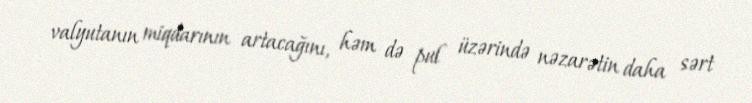
valyutanın miqdarının artacağını, həm də pul üzərində nəzarətin daha sərt